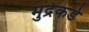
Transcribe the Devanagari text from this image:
मुद्रेकडे